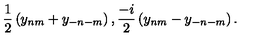
\frac { 1 } { 2 } \left( y _ { n m } + y _ { - n - m } \right) , \frac { - i } { 2 } \left( y _ { n m } - y _ { - n - m } \right) .